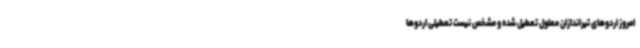
امروز اردوهای تیراندازان معلول تعطیل شده و مشخص نیست تعطیلی اردوها